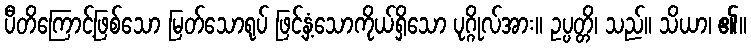
ပီတိကြောင့်ဖြစ်သော မြတ်သောရုပ် ဖြင့်နှံ့သောကိုယ်ရှိသော ပုဂ္ဂိုလ်အား။ ဥပ္ပတ္တိ၊ သည်။ သိယာ၊ ၏။